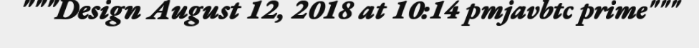
"""Design August 12, 2018 at 10:14 pmjavbtc prime"""